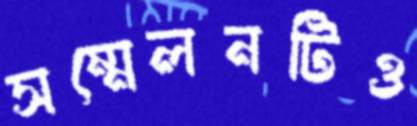
সম্মেলনটিও